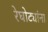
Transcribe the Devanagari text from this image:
रेघोट्यांना